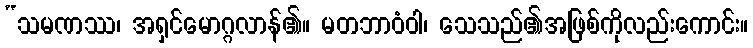
“သမဏဿ၊ အရှင်မောဂ္ဂလာန်၏။ မတဘာဝံဝါ၊ သေသည်၏အဖြစ်ကိုလည်းကောင်း။